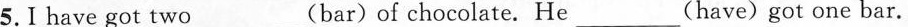
5.I have got two___(bar)of chocolate. He___(have)got one bar.